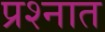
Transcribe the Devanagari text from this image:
प्रश्‍नात